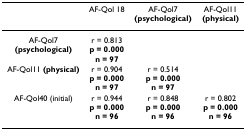
<table><thead><tr><td></td><td><b>AF-Qol 18</b></td><td><b>AF-Qol7 (psychological)</b></td><td><b>AF-Qol11 (physical)</b></td></tr></thead><tbody><tr><td>AF-Qol7 <b>(psychological)</b></td><td>r = 0.813<b>p = 0.000</b><b>n = 97</b></td><td></td><td></td></tr><tr><td>AF-Qol11 <b>(physical)</b></td><td>r = 0.904<b>p = 0.000</b><b>n = 97</b></td><td>r = 0.514<b>p = 0.000</b><b>n = 97</b></td><td></td></tr><tr><td>AF-Qol40 (initial)</td><td>r = 0.944<b>p = 0.000</b><b>n = 96</b></td><td>r = 0.848<b>p = 0.000</b><b>n = 96</b></td><td>r = 0.802<b>p = 0.000</b><b>n = 96</b></td></tr></tbody></table>